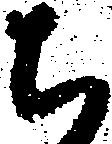
ち